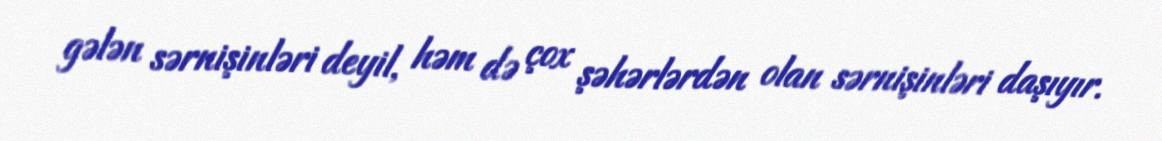
gələn sərnişinləri deyil, həm də çox şəhərlərdən olan sərnişinləri daşıyır.